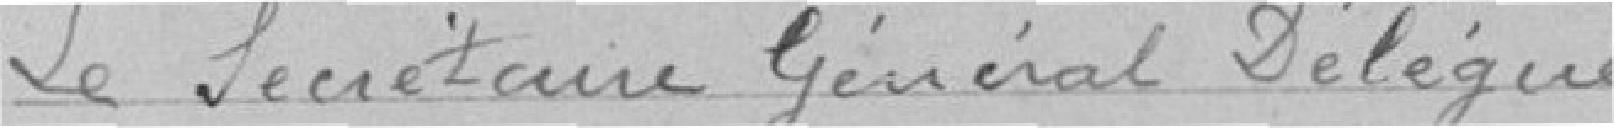
Le Secrétaire général Délégué